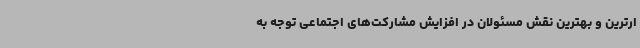
ارترین و بهترین نقش مسئولان در افزایش مشارکت‌های اجتماعی توجه به